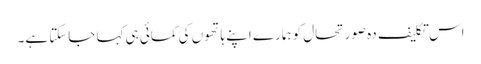
اس تکلیف دہ صورتحال کو ہمارے اپنے ہاتھوں کی کمائی ہی کہا جاسکتا ہے۔